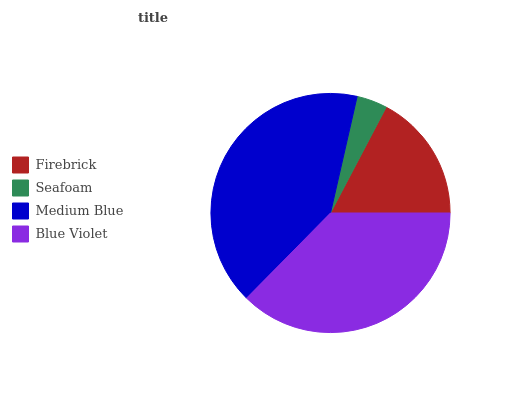
| Firebrick | Seafoam | Medium Blue | Blue Violet |
 | --- | --- | --- | --- |
 | 17.3% | 4.13% | 41.2% | 37.4% |